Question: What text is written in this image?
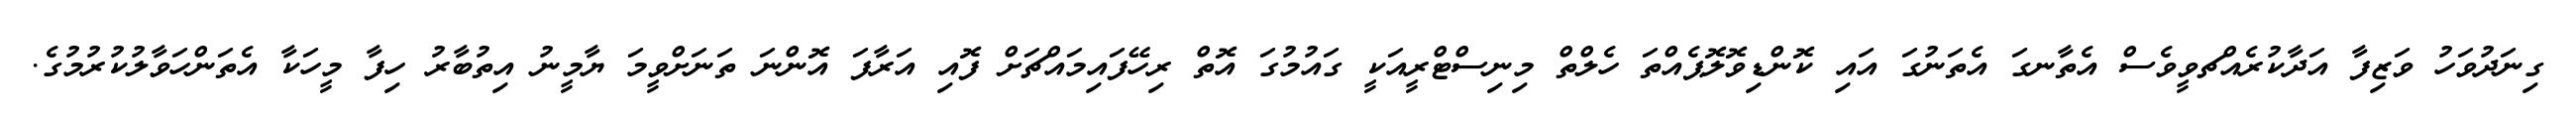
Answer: ގިނަދުވަހު ވަޒިފާ އަދާކުރެއްޗވީވެސް އެތާނގަ އެތަނުގަ އައި ކޮންޑިވޮލޮޕެއްތަ ހެލްތް މިނިސްޓްރީއަކީ ގައުމުގަ އޮތް ރިހޭފައިމައްޗަށް ފޮއި އަރާފަ އޮންނަ ތަނަށްވީމަ ޔާމީނު އިތުބާރު ހިފާ މީހަކާ އެތަންހަވާލުކުރުމުގެ.